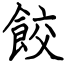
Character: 餃